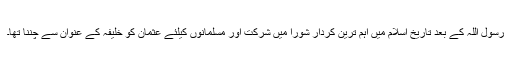
رسول اللہؐ کے بعد تاریخ اسلام میں اہم ترین کردار شورا میں شرکت اور مسلمانوں کیلئے عثمان کو خلیفہ کے عنوان سے چننا تھا۔